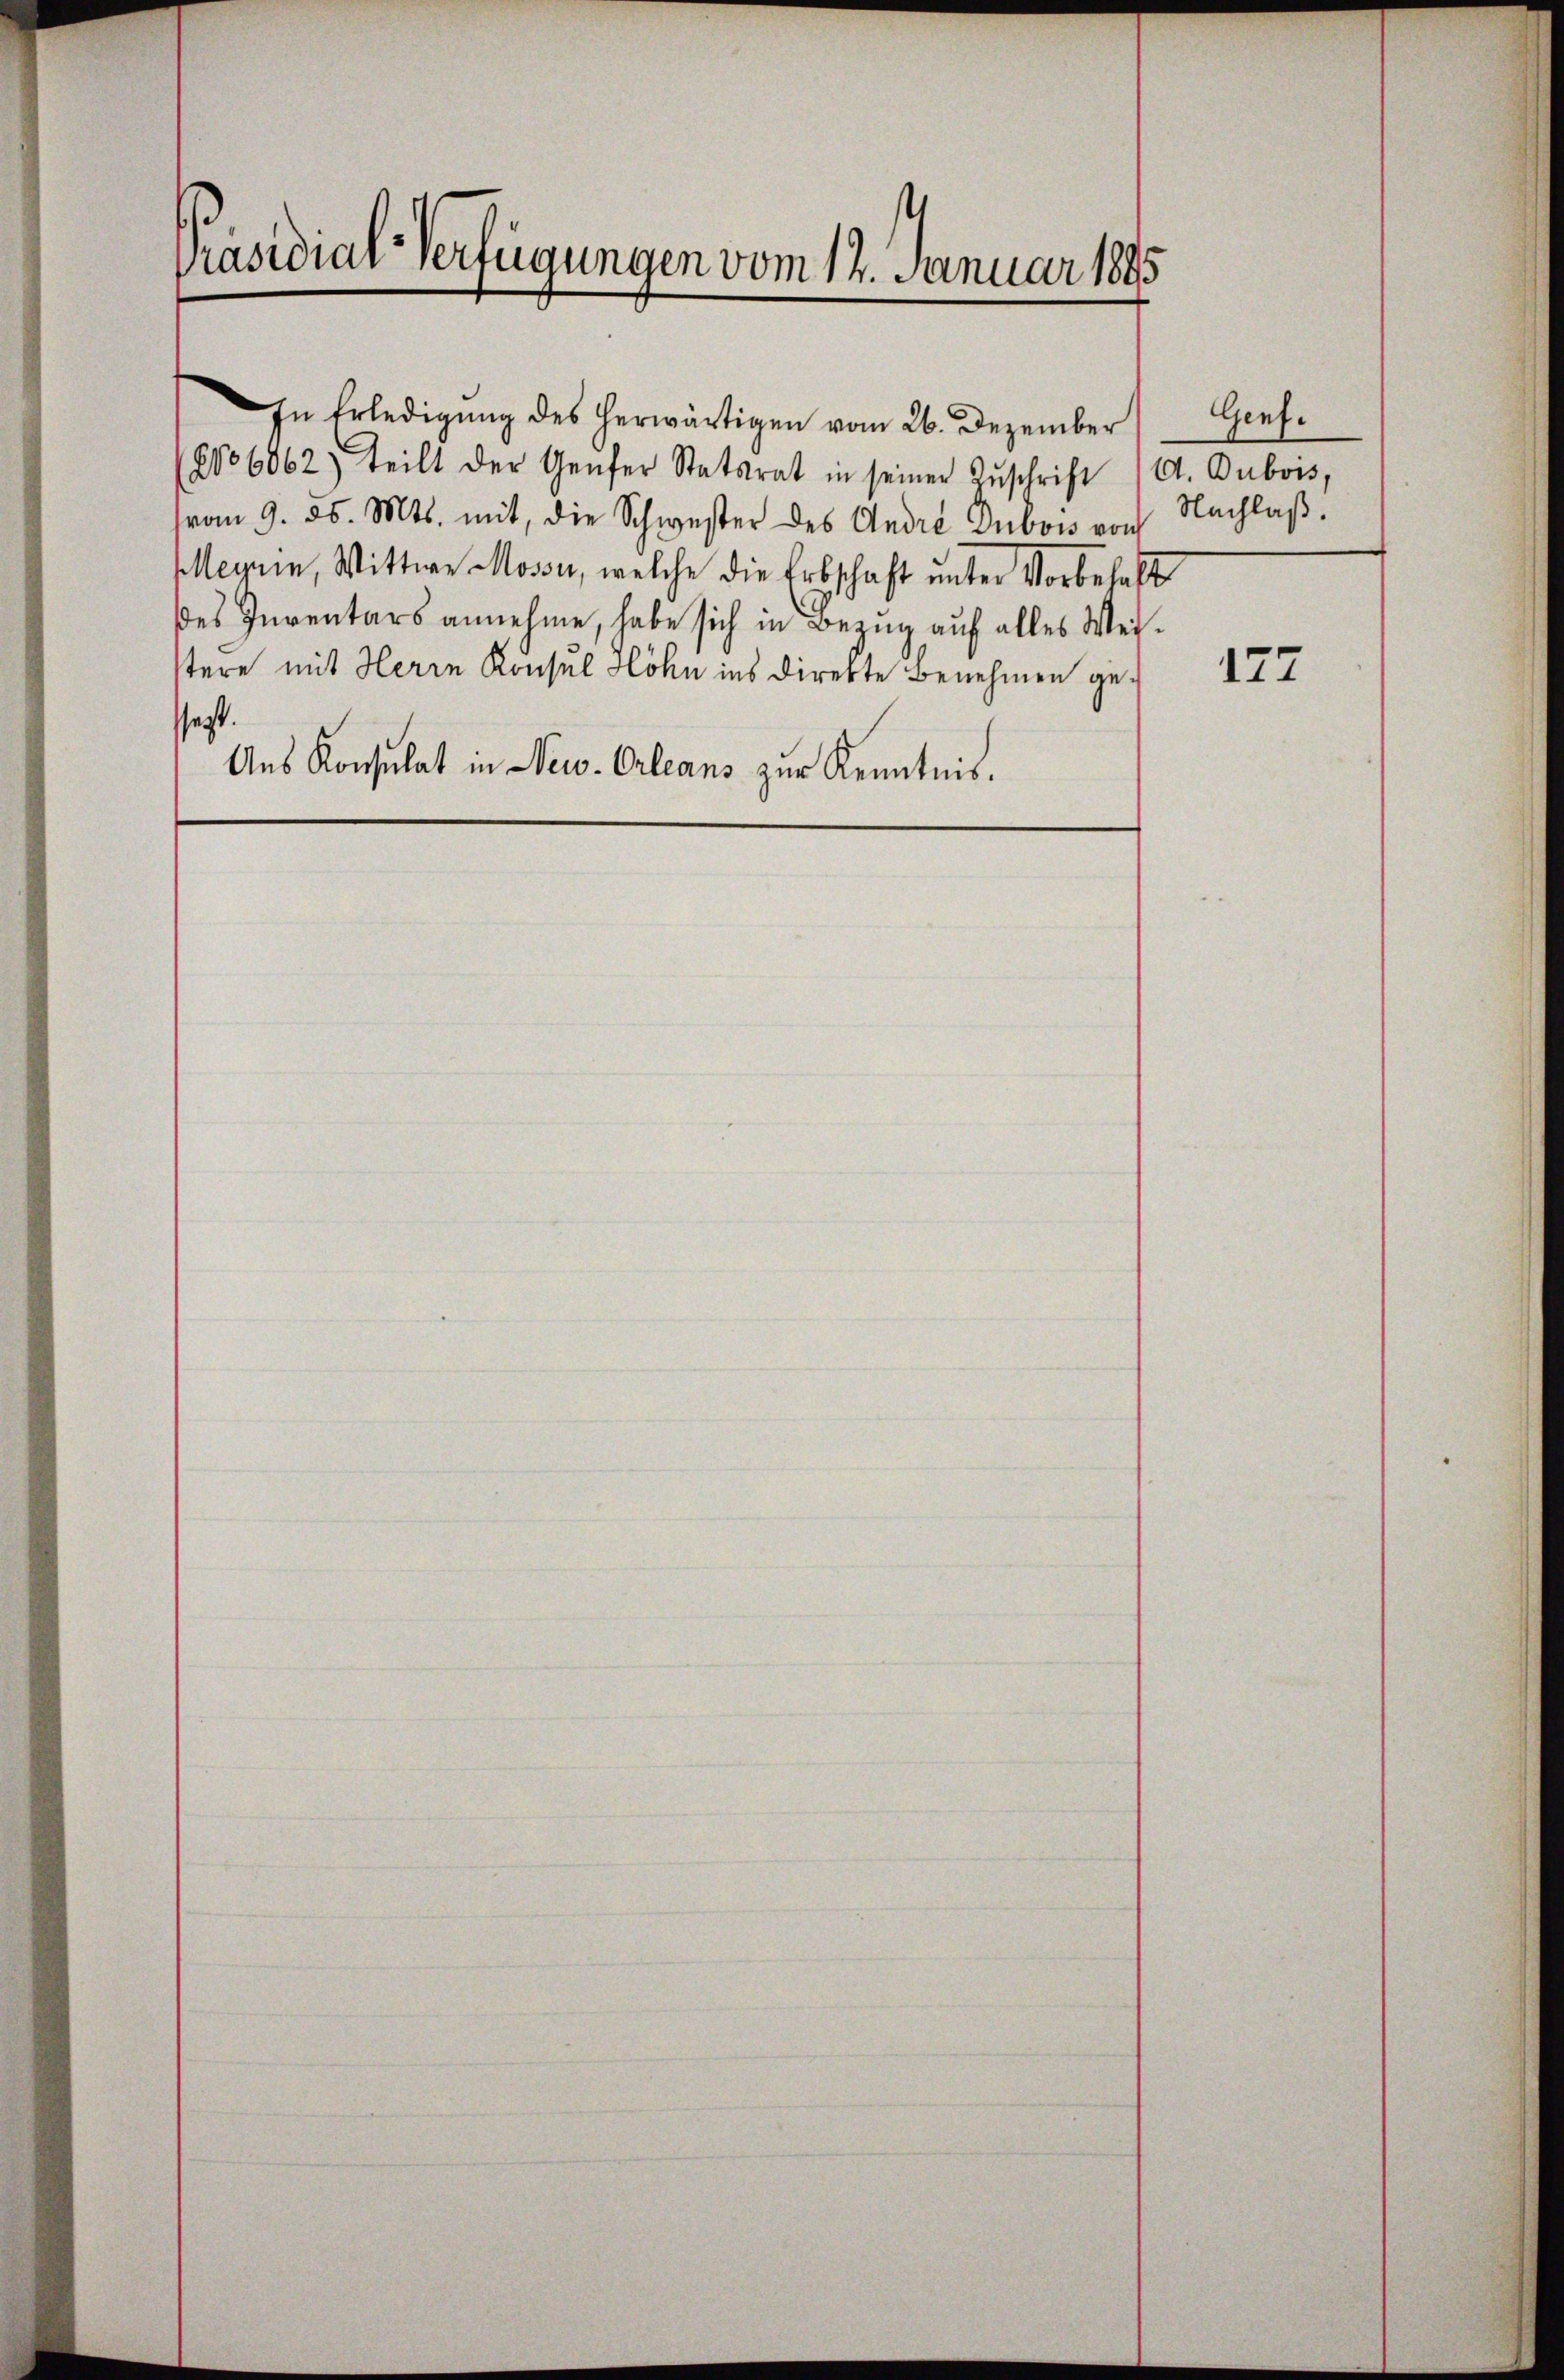
Präsidial-Verfügungen vom 12. Januar 1845

vom 9. 25. Mts. mit, die Schwester des Andre Dubow von Nachlaß.
Meyrin, Wittwe Moson, welche die Erbschaft ŭnter Vorbehaft
des Inventars annehme, habe sich in Bezug auf alles Weis-
stere mit Herrn Konsul Höhn ins Direkte Benehmen gessagt.
Aus Konsulat in New-Orleans zur Kenntnis.

In Erledigŭng des herwärtigen vom 26. Dezember
(No 6062) teilt der Genfer Statsrat in seiner Zŭschrift (A. Dubois,

Genf.

177